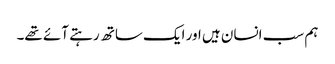
ہم سب انسان ہیں اور ایک ساتھ رہتے آئے تھے۔